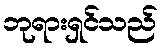
ဘုရားရှင်သည်